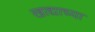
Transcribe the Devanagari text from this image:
खाद्याच्या